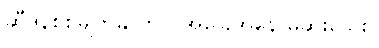
ဆီဒန်စစ်မျက်နှာတွင် အခြေအနေ မဆိုးသေး။